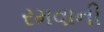
રમવાની